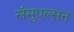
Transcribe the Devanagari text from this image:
सॅमुएल्सन